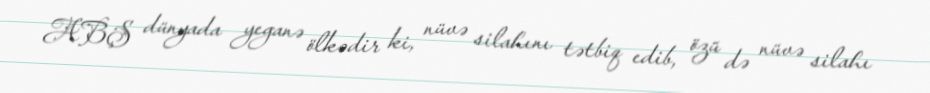
ABŞ dünyada yeganə ölkədir ki, nüvə silahını tətbiq edib, özü də nüvə silahı